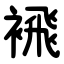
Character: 䙍